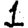
Digit: 1